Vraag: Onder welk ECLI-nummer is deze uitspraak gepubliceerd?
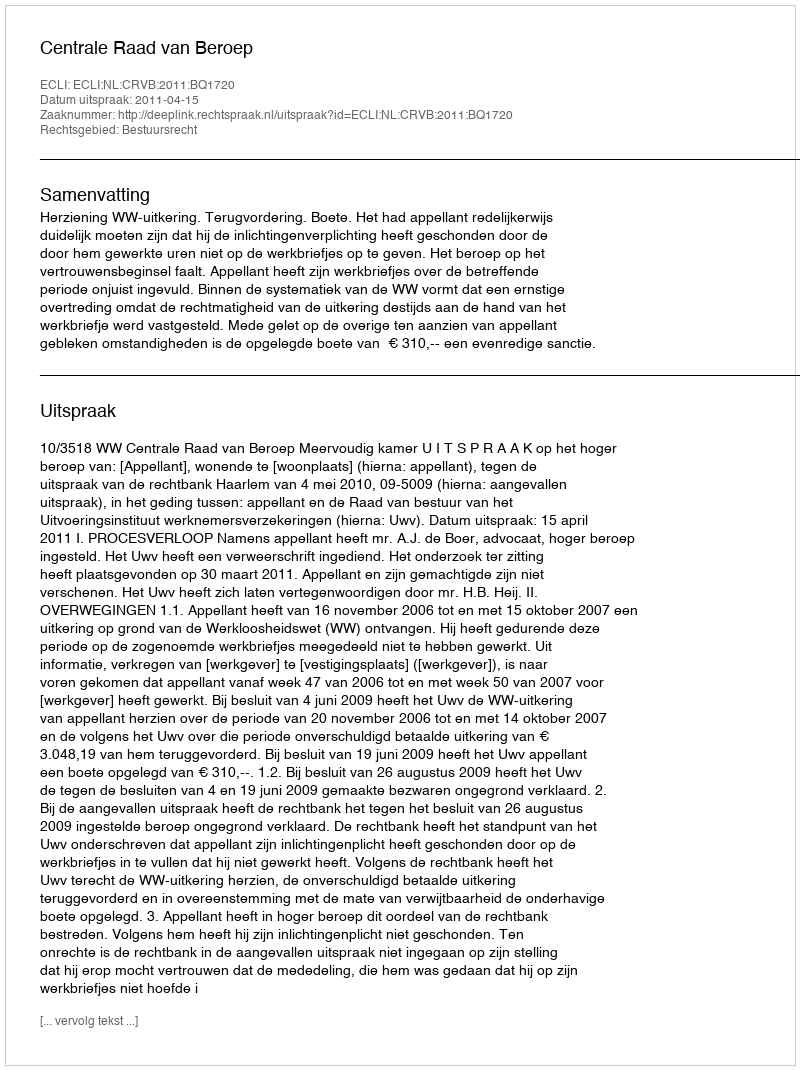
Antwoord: ECLI:NL:CRVB:2011:BQ1720